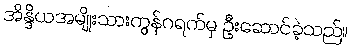
အိန္ဒိယအမျိုးသားကွန်ဂရက်မှ ဦးဆောင်ခဲ့သည်။